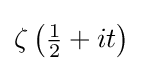
\zeta \left({\tfrac {1}{2}}+it\right)